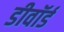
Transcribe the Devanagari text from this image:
डीवॉर्ड